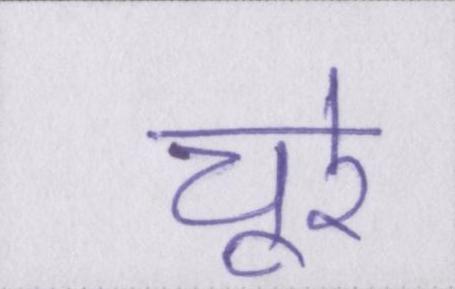
चूरे